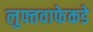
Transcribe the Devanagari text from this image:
लुफ्तवाफेकडे